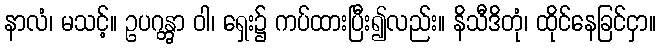
နာလံ၊ မသင့်။ ဥပဂန္တွာ ဝါ၊ ရှေး၌ ကပ်ထားပြီး၍လည်း။ နိသီဒိတုံ၊ ထိုင်နေခြင်ငှာ။